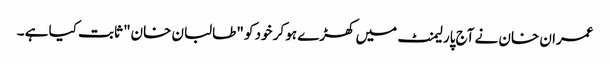
عمران خان نے آج پارلیمنٹ میں کھڑے ہو کر خود کو "طالبان خان" ثابت کیا ہے ۔